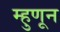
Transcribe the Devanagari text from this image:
म्हुणून